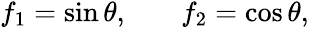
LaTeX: \begin{array}{rlr}{f_{1}=\sin{\theta},}&{{}}&{f_{2}=\cos{\theta},}\end{array}